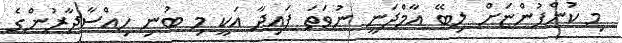
މި ކުންފުންޏަށް ލިބޭ އާމްދަނީ ނުވަތަ ފައިދާ އަކީ މި ބުނި ހިއްސާދާރުންގެ